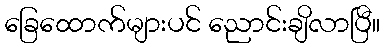
ခြေထောက်များပင် ညောင်းချိလာပြီ။